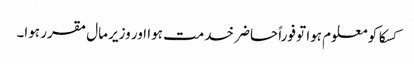
کسکا کو معلوم ہوا تو فوراً حاضر خدمت ہوا اور وزیر مال مقرر ہوا۔